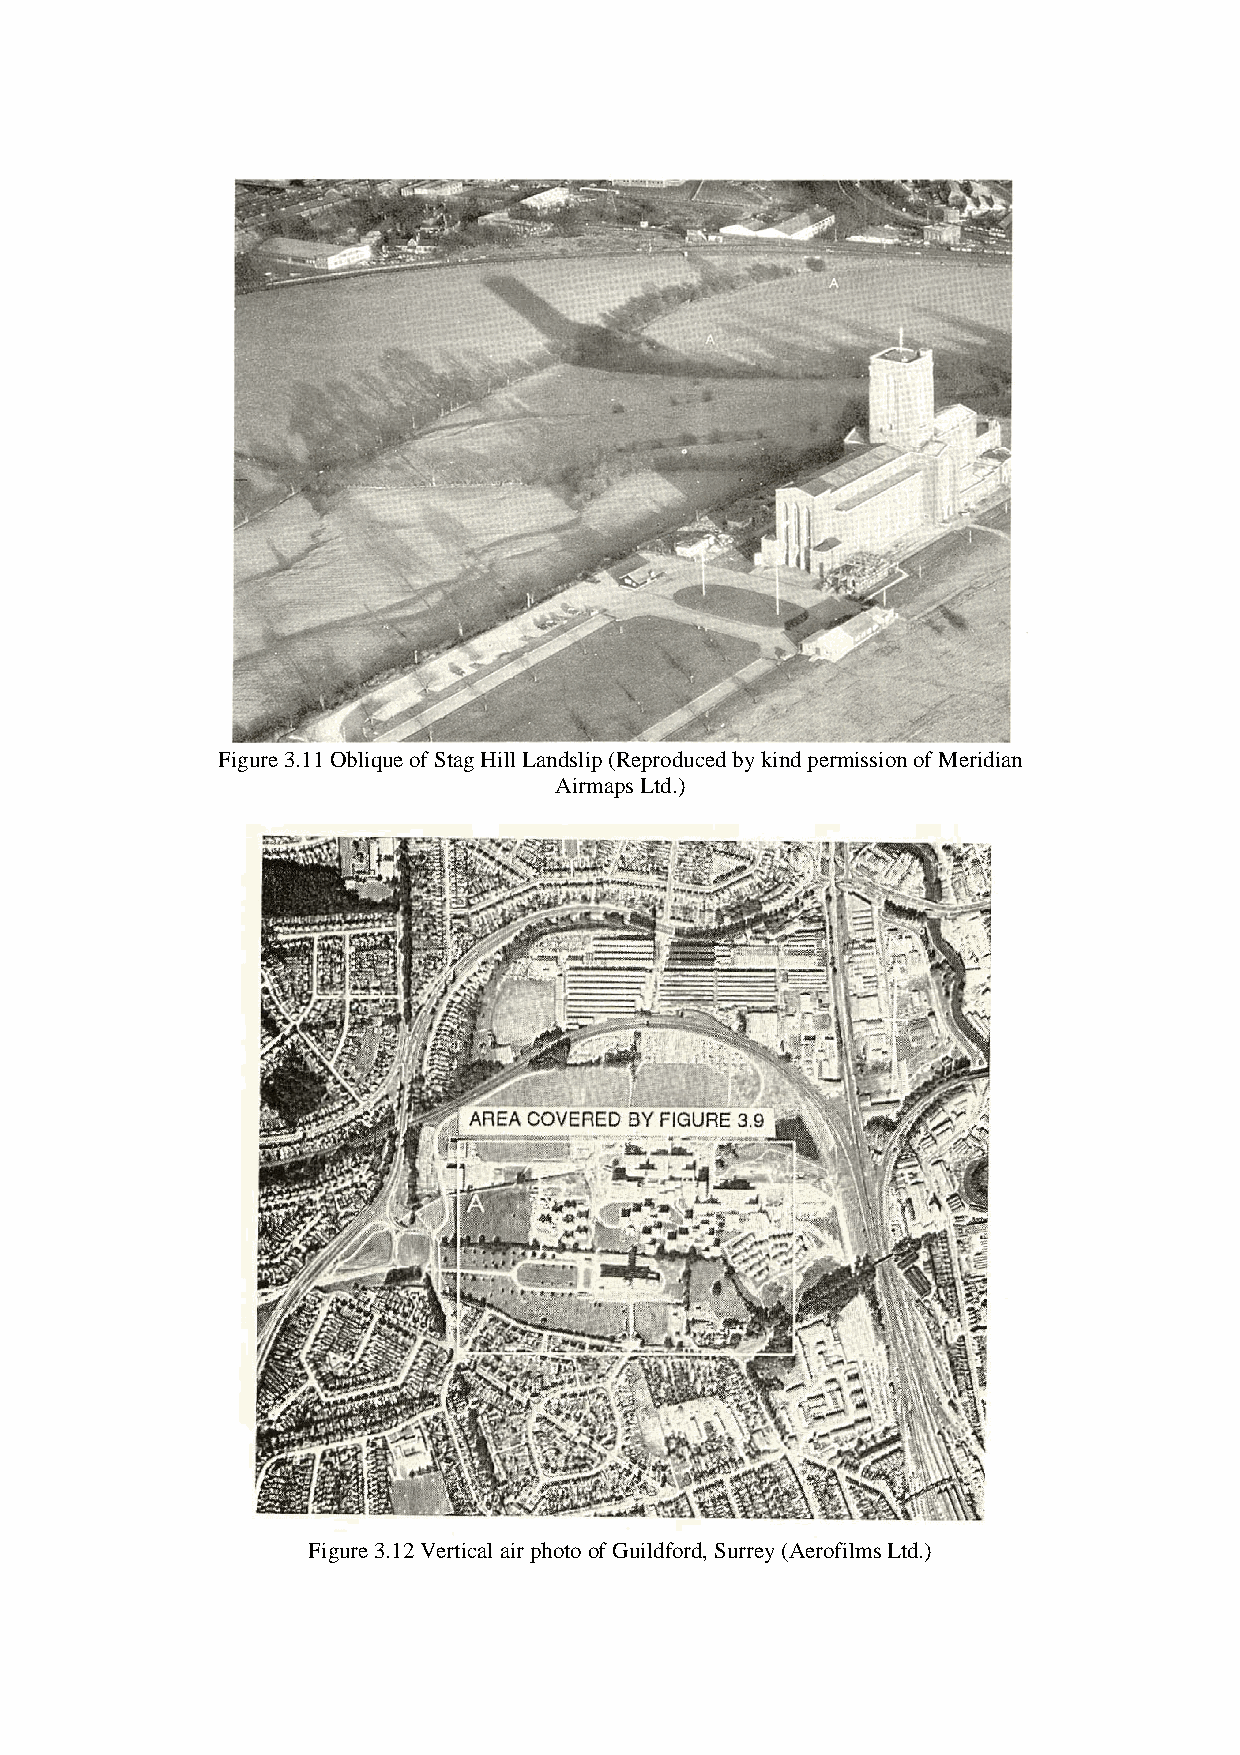
Figure 3.11 Oblique of Stag Hill Landslip (Reproduced by kind permission of Meridian
 Airmaps Ltd.)
 Figure 3.12 Vertical air photo of Guildford, Surrey (Aerofilms Ltd.)